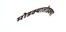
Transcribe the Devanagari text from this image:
मोडक्यातोडक्या